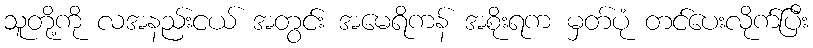
သူတို့ကို လအနည်းငယ် အတွင်း အမေရိကန် အစိုးရက မှတ်ပုံ တင်ပေးလိုက်ပြီး